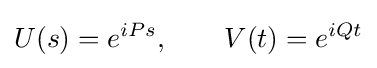
U(s)=e^{iPs},\qquad V(t)=e^{iQt}